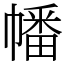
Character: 幡